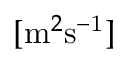
[ \mathrm { m } ^ { 2 } \mathrm { s ^ { - 1 } } ]